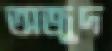
অজুদ